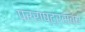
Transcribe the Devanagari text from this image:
परराष्ट्रसंबंध